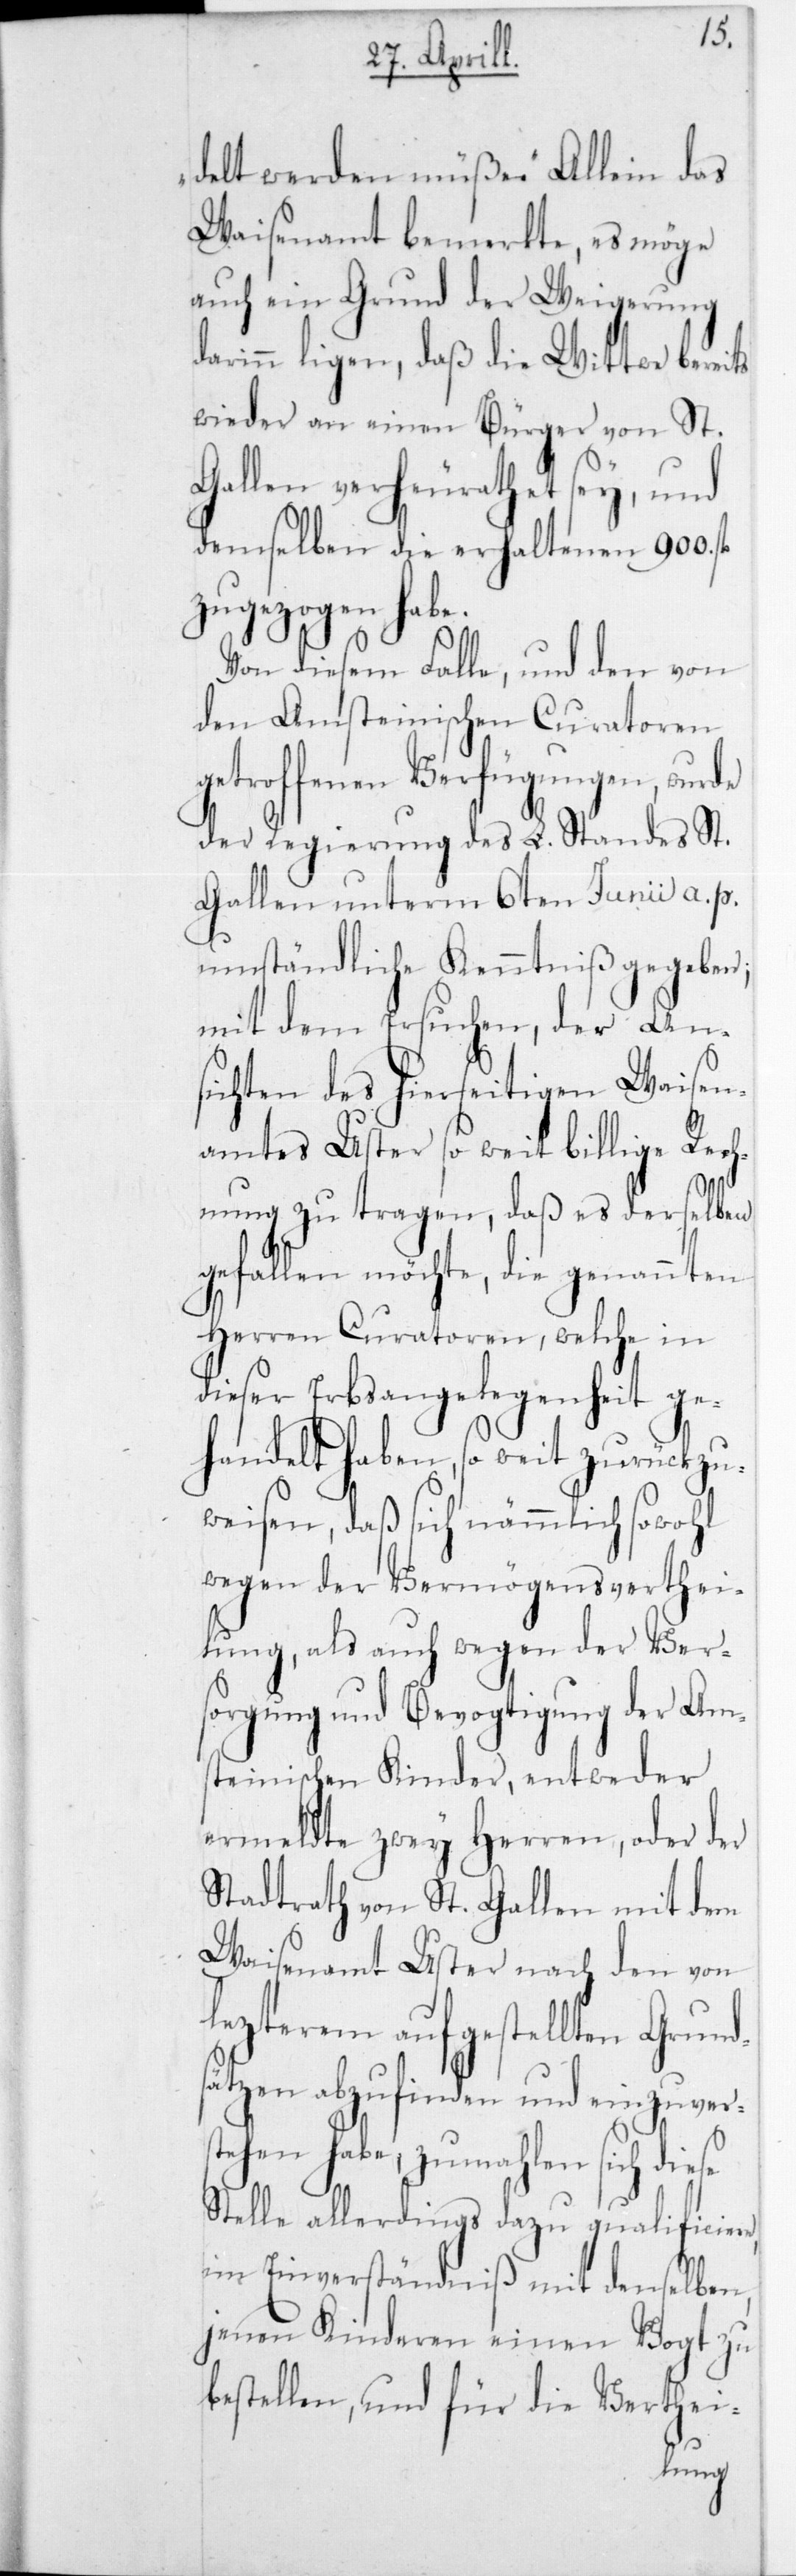
delt werden müße“. Allein das
Waisenamt bemerkte, es möge
auch ein Grund der Weigerung
darinn liegen, daß die W¬
wieder an einen Bürger
St.
Gallen verheurathet sey, und
demselben die erhaltenen 900 fl.
zugezogen habe.
Von diesem Falle, und den von
den Amsteinischen Curatoren
etroffenen Verfügungen, wur¬
der Regierung des L. Standes St.
Gallen unterm 6ten Junii a. p.
umständliche Kenntniß gegeben;
mit dem Ersuchen, der An¬
sichten des hierseitigen Waisen¬
amtes Uster so weit billige Rec¬
hnung zu tragen, daß es derselben
gefallen möchte, die genannten
Herren Curatoren, welche in
dieser Erbsangelegenheit ge¬
handelt haben, so weit zurückzu¬
weisen, daß sich nämmlich sowohl
wegen der Veremögensverthei¬
lung, als auch wegen der Ver¬
sorgung und Bevogtigung der Am¬
steinischen Kinder, entweder
ermeldte zwey Herren, oder d¬
Stadtrath von St. Gallen
dem
Waisenamt Uster nach d¬
lezterem aufgestellt¬
Grund¬
sätzen abzufinden und
stehen habe, zumahlen
Stelle allerdings dazu quali¬
im Einverständniß mit denselb¬
jenen Kinderen
bestellen, und für
g¬

die